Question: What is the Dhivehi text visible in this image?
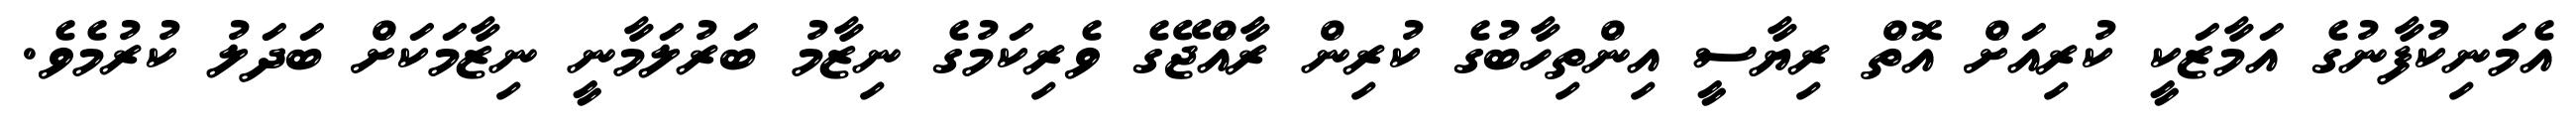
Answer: އެމަނިކުފާނުގެ އަމާޒަކީ ކުރިއަށް އޮތް ރިޔާސީ އިންތިހާބުގެ ކުރިން ރާއްޖޭގެ ވެރިކަމުގެ ނިޒާމު ބަރުލަމާނީ ނިޒާމަކަށް ބަދަލު ކުރުމެވެ.